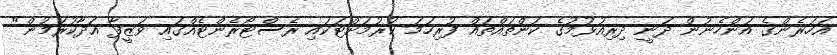
އަހަރެންގެ އަންހެނުން ދަނީ ދިރިއުޅުމުގެ ކަންތައްތައް ފުރިހަމަ ކުރުމަށްޓަކައި ރެސްޓޯރެންޓެއްގައި ވަޒީފާ އަދާކުރަމުން"